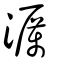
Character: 濿